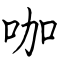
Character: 咖